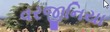
વરજીનિયા